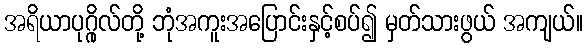
အရိယာပုဂ္ဂိုလ်တို့ ဘုံအကူးအပြောင်းနှင့်စပ်၍ မှတ်သားဖွယ် အကျယ်။